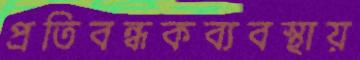
প্রতিবন্ধকব্যবস্থায়